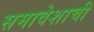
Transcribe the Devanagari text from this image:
समावेशाची